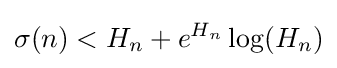
\sigma (n)<H_{n}+e^{H_{n}}\log(H_{n})